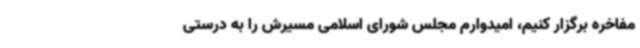
مفاخره برگزار کنیم، امیدوارم مجلس شورای اسلامی مسیرش را به درستی